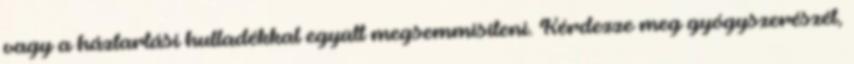
vagy a háztartási hulladékkal együtt megsemmisíteni. Kérdezze meg gyógyszerészét,